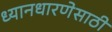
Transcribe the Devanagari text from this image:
ध्यानधारणेसाठी